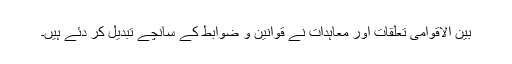
بین الاقوامی تعلقات اور معاہدات نے قوانین و ضوابط کے سانچے تبدیل کر دئے ہیں۔